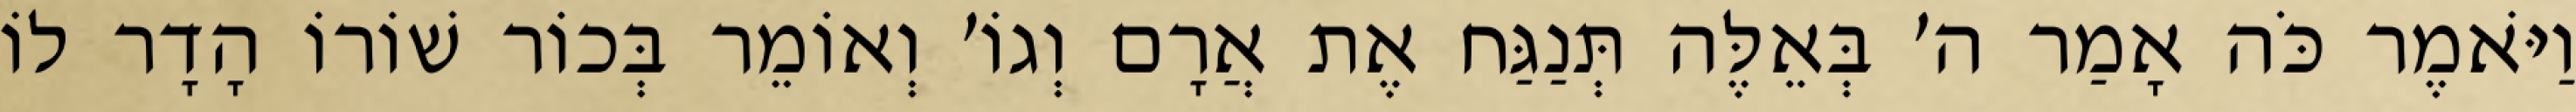
וַיֹּאמֶר כֹּה אָמַר ה׳ בְּאֵלֶּה תְּנַגַּח אֶת אֲרָם וְגוֹ׳ וְאוֹמֵר בְּכוֹר שׁוֹרוֹ הָדָר לוֹ